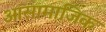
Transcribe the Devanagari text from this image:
आसामाजिक